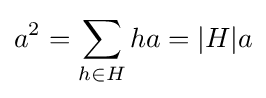
a^{2}=\sum _{h\in H}ha=|H|a